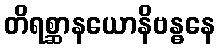
တိရစ္ဆာနယောနိဗန္ဓနေ